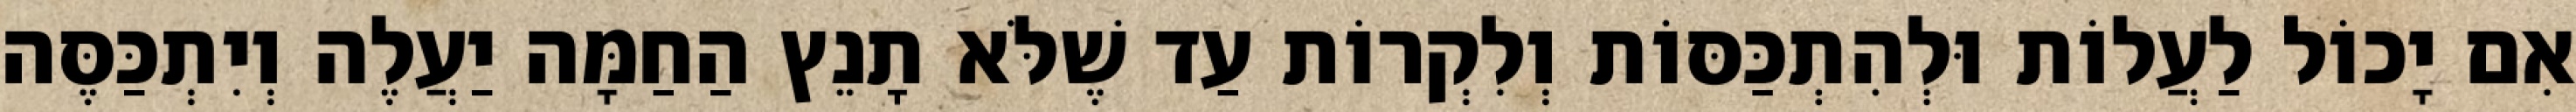
אִם יָכוֹל לַעֲלוֹת וּלְהִתְכַּסּוֹת וְלִקְרוֹת עַד שֶׁלֹּא תָנֵץ הַחַמָּה יַעֲלֶה וְיִתְכַּסֶּה